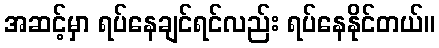
အဆင့်မှာ ရပ်နေချင်ရင်လည်း ရပ်နေနိုင်တယ်။